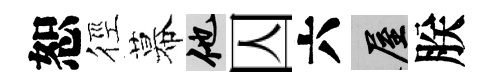
恕徑幕他囚六屋朕